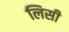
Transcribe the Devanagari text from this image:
लिसी